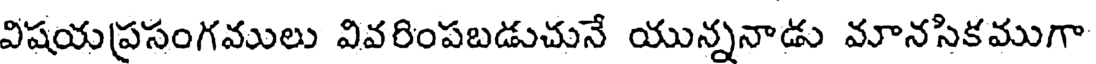
విషయప్రసంగములు వివరింపబడుచునే యున్ననాడు మానసికముగా